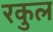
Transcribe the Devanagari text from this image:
रकुल